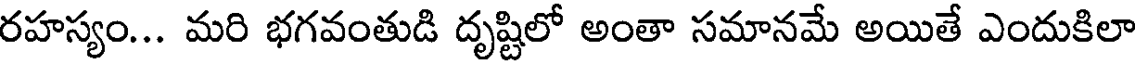
రహస్యం... మరి భగవంతుడి దృష్టిలో అంతా సమానమే అయితే ఎందుకిలా